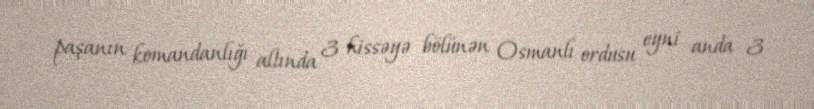
paşanın komandanlığı altında 3 hissəyə bölünən Osmanlı ordusu eyni anda 3